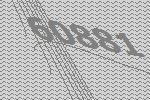
60881